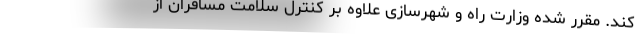
کند. مقرر شده وزارت راه و شهرسازی علاوه بر کنترل سلامت مسافران از